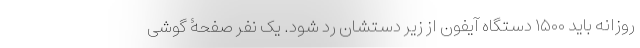
روزانه باید ۱۵۰۰ دستگاه آیفون از زیر دستشان رد شود. یک نفر صفحۀ گوشی